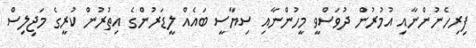
ފިރިހެނުންނާއި އުމުރުން ދުވަސްވީ މީހުންނާއި ސިޔާސީ ބައެއް ލީޑަރުންގެ އިތުރުން ކުރީގެ މަޖިލިސް